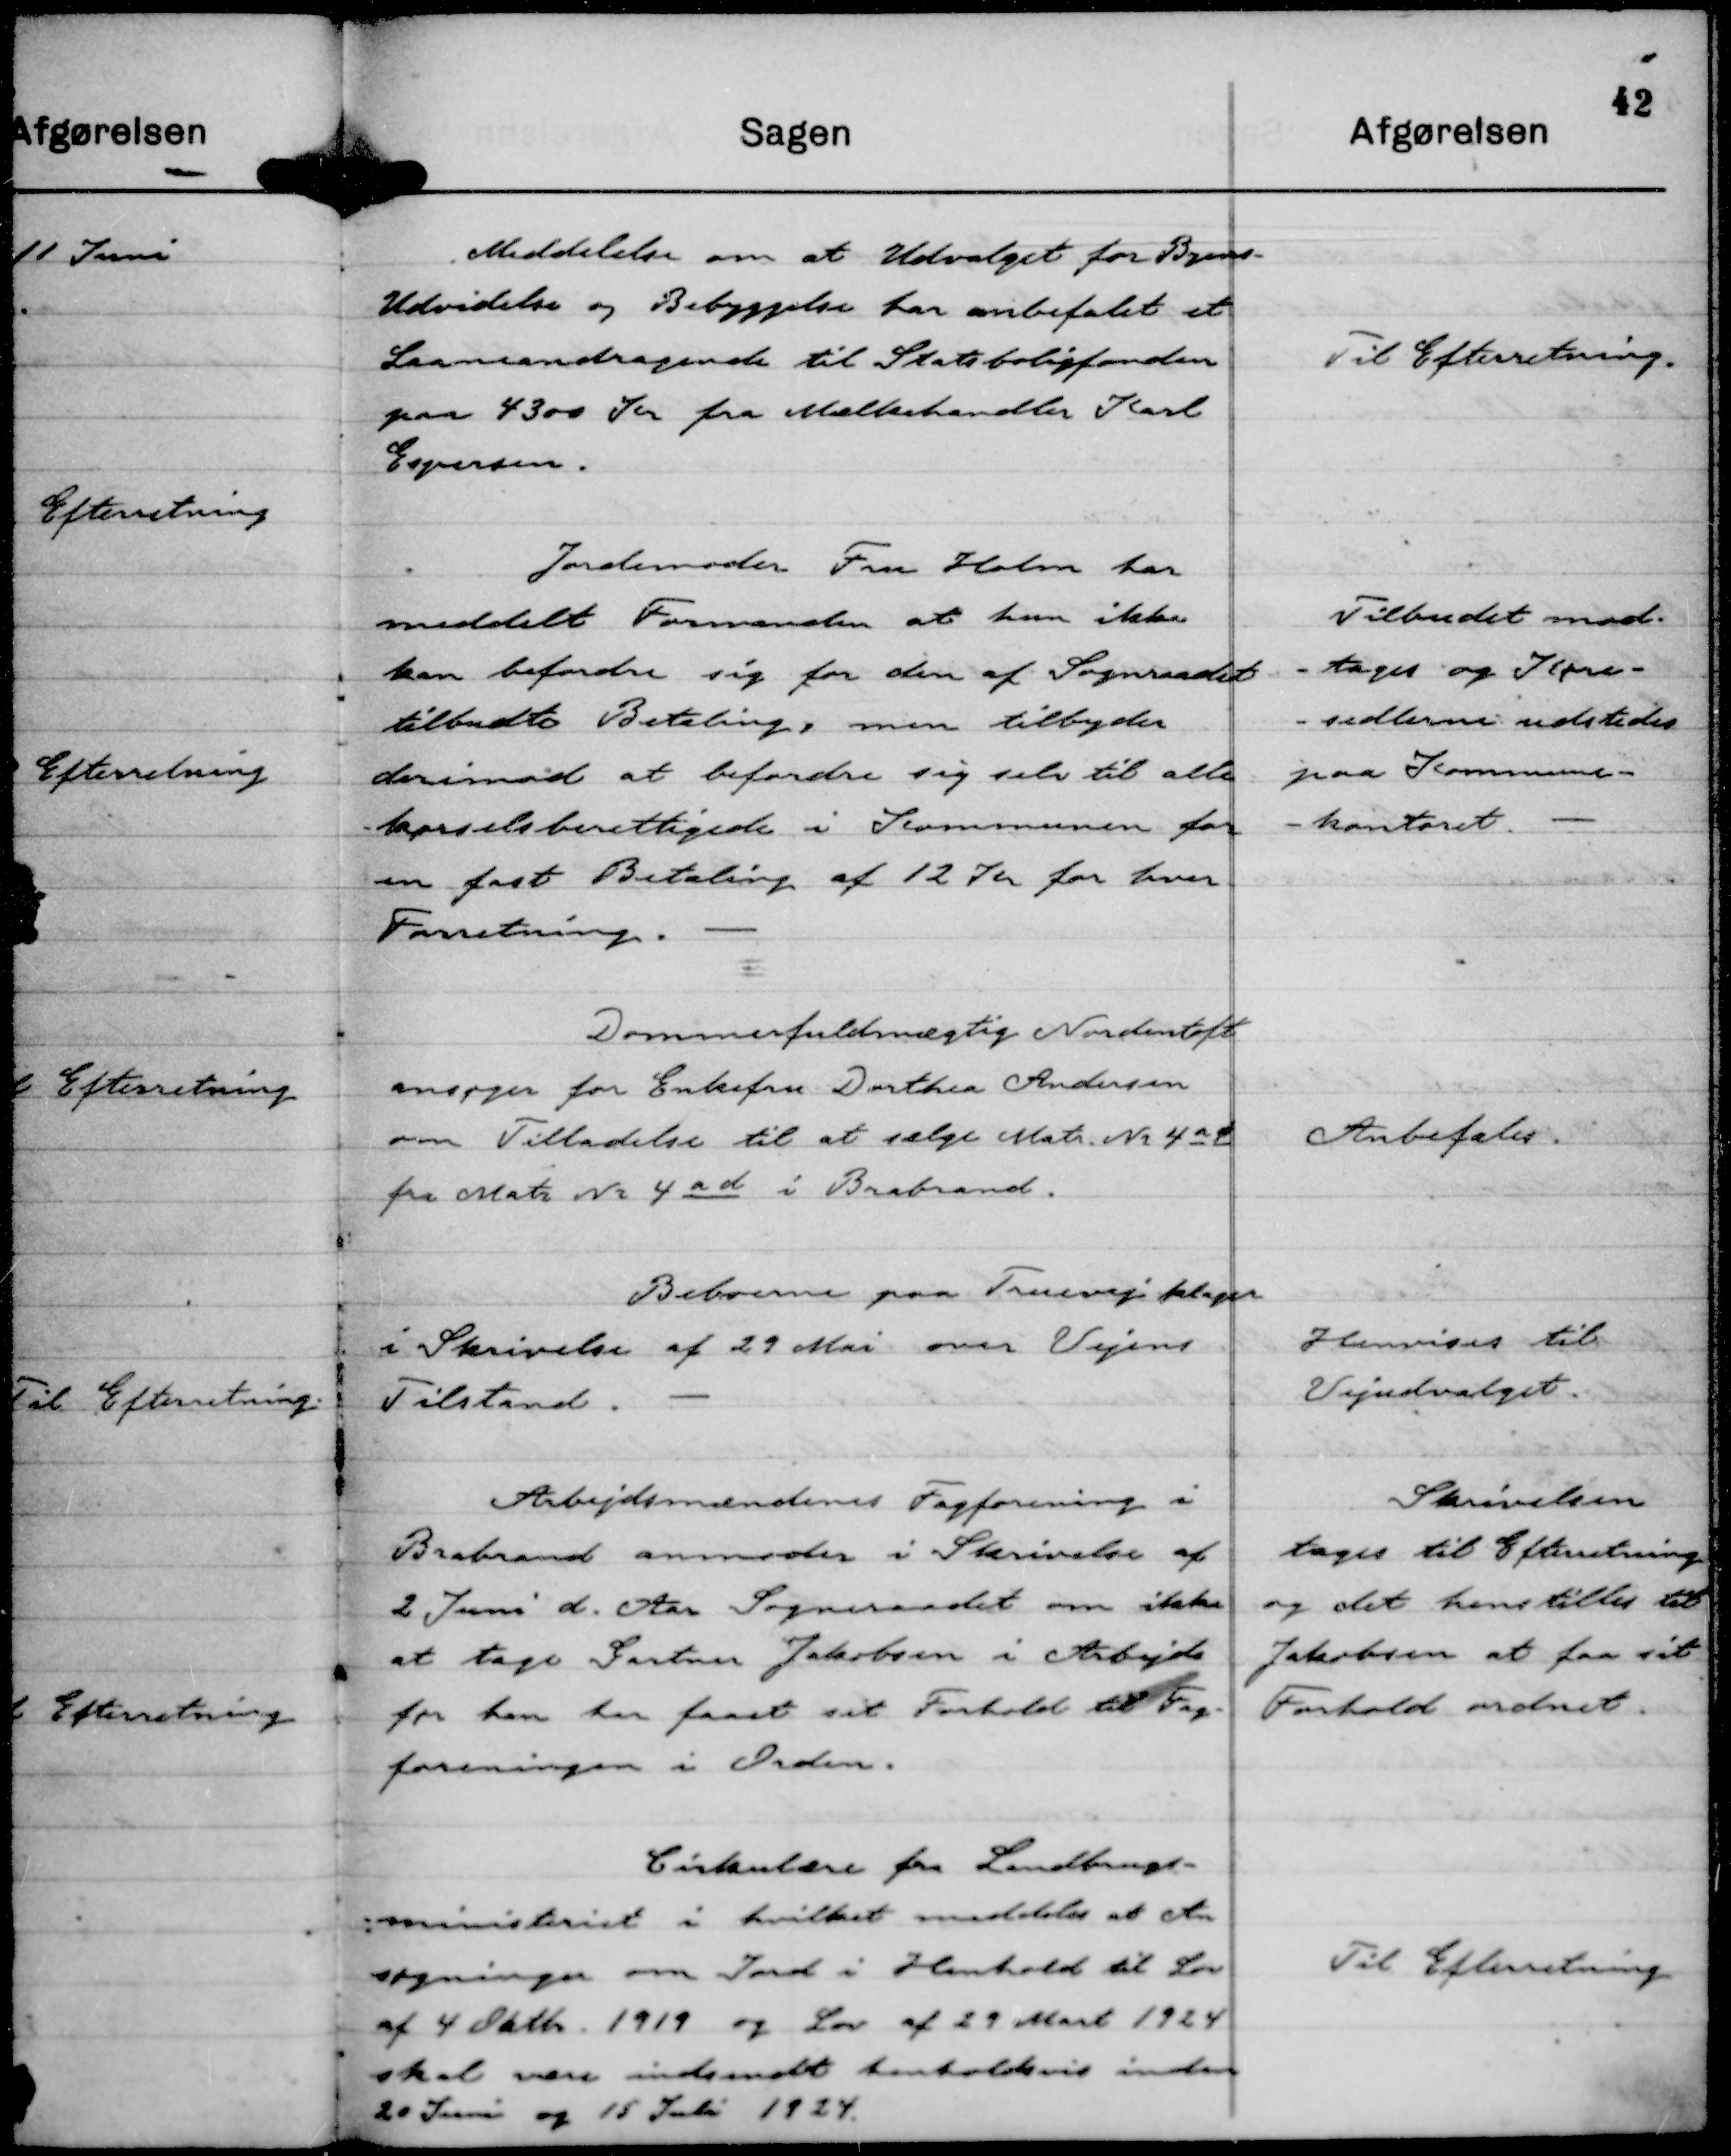
Transskription:
Meddelelse om at Udvalget for Byens -
Udvidelse og Bebyggelse har anbefalet et
Laaneandragende til Statsboligfonden
paa 4300 Kr fra Mælkehandler Karl
Espersen.

Til Efterretning.

Jordemoder Fru Holm har
meddelt Formanden at hun ikke
kan befordre sig for den af Sogneraadet
tilbudte Betaling, men tilbyder
derimod at befordre sig selv til alle
kørselsberettigede i Kommunen for
en fast Betaling af 12 Kr for hver
Forretning.

Tilbudet mod-
-tages og Køre-
-sedlerne udstedes
paa Kommune-
-kontoret.

Dommerfuldmægtig Nordentoft
ansøger for Enkefru Dorthea Andersen
om Tilladelse til at sælge Matr Nr 4 a ø
fra Matr Nr 4 a d i Brabrand.

Anbefales.

Beboerne paa Truevej klager
i Skrivelse af 29 Mai over Vejens
Tilstand.

Henvises til
Vejudvalget.

Arbejdsmændenes Fagforening i
Brabrand anmoder i Skrivelse af
2 Juni d. Aar Sogneraadet om ikke
at tage Gartner Jakobsen i Arbejde
før han har faaet sit Forhold til Fag-
foreningen i Orden.

Skrivelsen
tages til Efterretning
og det henstilles til
Jakobsen at faa sit
Forhold ordnet.

Cirkulære fra Landbrugs-
ministeriet i hvilket meddeles at An
søgninger om Jord i Henhold til Lov
af 4 Oktbr. 1919 og Lov af 29 Mart 1924
skal være indsendt henholdsvis inden
20 Juni og 15 Juli 1924.

Til Efterretning